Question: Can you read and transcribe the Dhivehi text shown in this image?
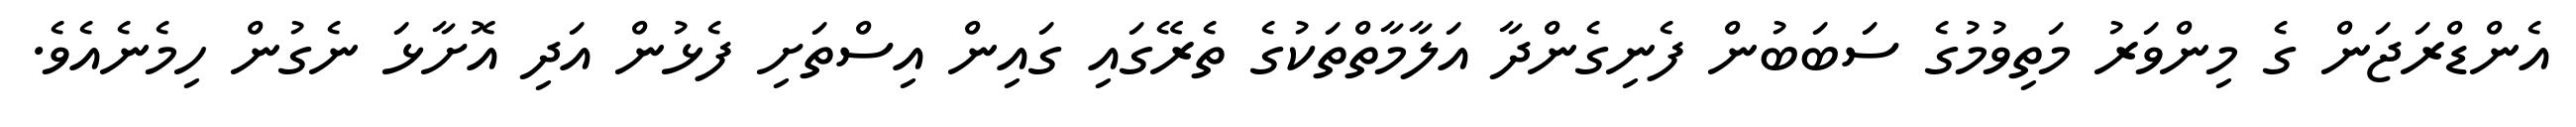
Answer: އެންޑްރަޖަން ގެ މިންވަރު މަތިވުމުގެ ސަބަބުން ފެނިގެންދާ އަލާމާތްތަކުގެ ތެރޭގައި ގައިން އިސްތަށި ފެޅުން އަދި އޮށާޅަ ނެގުން ހިމެނެއެވެ.